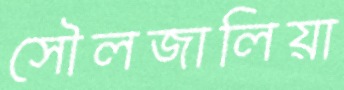
সৌলজালিয়া